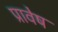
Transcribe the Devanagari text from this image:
प्रावेष